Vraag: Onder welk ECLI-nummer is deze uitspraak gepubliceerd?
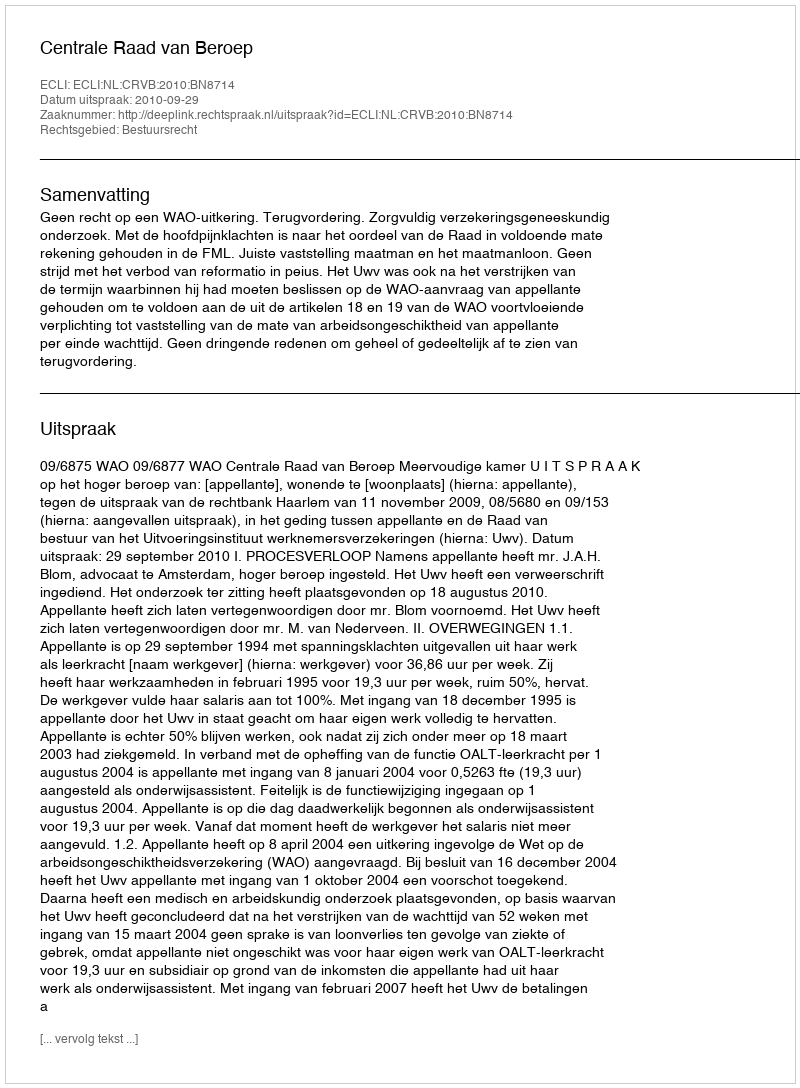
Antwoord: ECLI:NL:CRVB:2010:BN8714